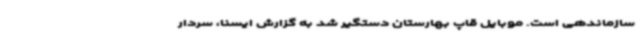
سازماندهی است. موبایل قاپ بهارستان دستگیر شد به گزارش ایسنا، سردار